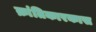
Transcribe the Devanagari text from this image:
क्रांतिकारकास